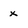
Character: x